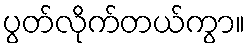
ပွတ်လိုက်တယ်ကွာ။